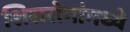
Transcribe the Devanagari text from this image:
शिरारोगांमध्ये